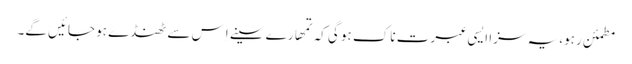
مطمئن رہو، یہ سزا ایسی عبرت ناک ہو گی کہ تمھارے سینے اِس سے ٹھنڈے ہو جائیں گے۔